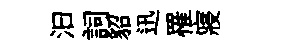
汩詞貂迅罹寢